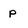
Character: p